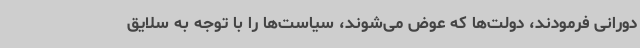
دورانی فرمودند، دولت‌ها که عوض می‌شوند، سیاست‌ها را با توجه به سلایق